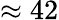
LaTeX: \approx 42